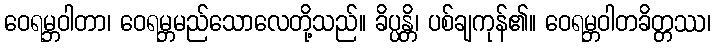
ဝေရမ္ဘဝါတာ၊ ဝေရမ္ဘမည်သောလေတို့သည်။ ခိပ္ပန္တိ၊ ပစ်ချကုန်၏။ ဝေရမ္ဘဝါတခိတ္တဿ၊